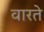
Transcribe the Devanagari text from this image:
वारते